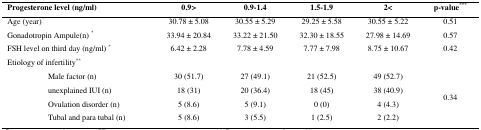
| <COLSPAN=2> Progesterone level (ng/ml) | 0.9> | 0.9-1.4 | 1.5-1.9 | 2< | p-value*** |
 | --- | --- | --- | --- | --- | --- | --- |
 | <COLSPAN=2> Age (year)* | 30.78 ± 5.08 | 30.55 ± 5.29 | 29.25 ± 5.58 | 30.55 ± 5.22 | 0.51 |
 | <COLSPAN=2> Gonadotropin Ampule(n) * | 33.94 ± 20.84 | 33.22 ± 21.50 | 32.30 ± 18.55 | 27.98 ± 14.69 | 0.57 |
 | <COLSPAN=2> FSH level on third day (ng/ml) * | 6.42 ± 2.28 | 7.78 ± 4.59 | 7.77 ± 7.98 | 8.75 ± 10.67 | 0.42 |
 | <COLSPAN=7> Etiology of infertility** |
 | <ROWSPAN=4>  | Male factor (n) | 30 (51.7) | 27 (49.1) | 21 (52.5) | 49 (52.7) | <ROWSPAN=4> 0.34 |
 | unexplained IUI (n) | 18 (31) | 20 (36.4) | 18 (45) | 38 (40.9) |
 | Ovulation disorder (n) | 5 (8.6) | 5 (9.1) | 0 (0) | 4 (4.3) |
 | Tubal and para tubal (n) | 5 (8.6) | 3 (5.5) | 1 (2.5) | 2 (2.2) |